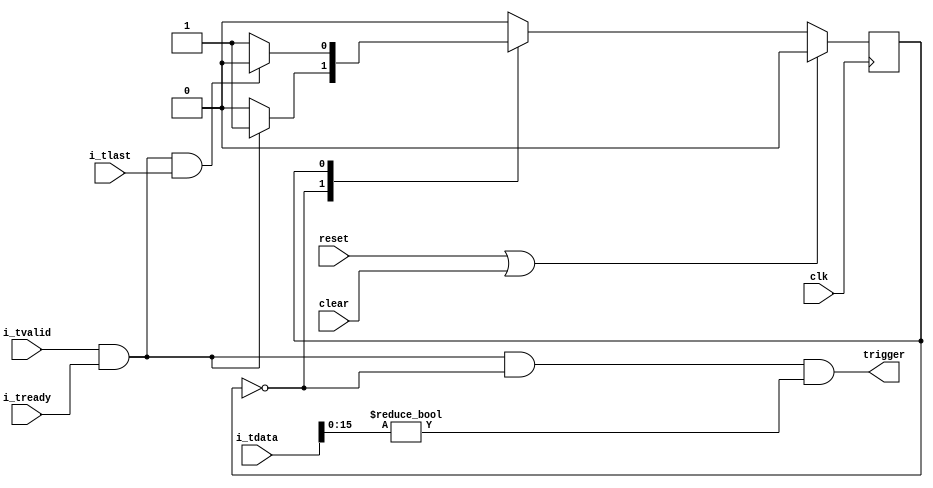

// Copyright 2014 Ettus Research LLC


module axi_chdr_header_trigger
  #(
    parameter WIDTH=64,
    parameter SID=0
   )
    (input clk, input reset, input clear,
     input [WIDTH-1:0] i_tdata, input i_tlast, input i_tvalid, input i_tready,
     output trigger
     );

   
   reg 	  state;
   localparam IDLE = 0;
   localparam RUN  = 1;
 

   always @(posedge clk)
     if(reset | clear)
       state <= IDLE;
     else
       case (state)
	 IDLE :
	   if(i_tvalid && i_tready)
	     state <= RUN;

	 RUN :
	   if(i_tready && i_tvalid && i_tlast)	    
	     state <= IDLE;

	 default :
	   state <= IDLE;
       endcase // case (state)

   assign     trigger =  i_tvalid && i_tready && (state == IDLE) && (i_tdata[15:0] != SID);

endmodule // axi_chdr_header_trigger